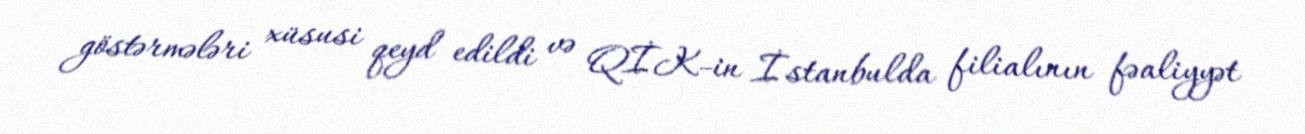
göstərmələri xüsusi qeyd edildi və QİK-in İstanbulda filialının fəaliyyət